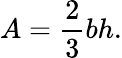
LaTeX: A={\frac{2}{3}}bh.